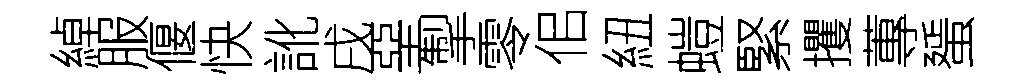
綽服偃快訛戌堊掣零佀紐螘緊攫蓴蜑